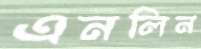
এনলিন